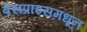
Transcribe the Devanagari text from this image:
बेसप्राइसमधून